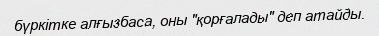
бүркітке алғызбаса, оны "қорғалады" деп атайды.